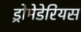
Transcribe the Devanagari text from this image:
ड्रोमेडेरियस